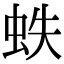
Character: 蛈